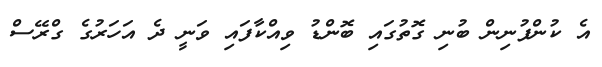
އެ ކުންފުނިން ބުނި ގޮތުގައި ބޮންޑު ވިއްކާފައި ވަނީ ދެ އަހަރުގެ ގްރޭސް